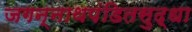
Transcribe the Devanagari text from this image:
जगन्नाथपंडितसुद्धा